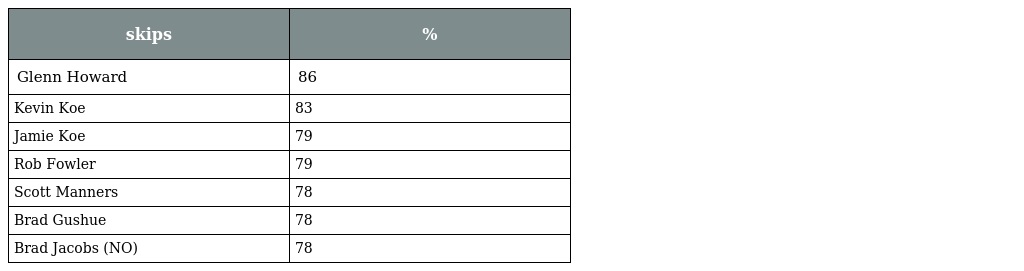
| skips | % |
 | --- | --- |
 | Glenn Howard | 86 |
 | Kevin Koe | 83 |
 | Jamie Koe | 79 |
 | Rob Fowler | 79 |
 | Scott Manners | 78 |
 | Brad Gushue | 78 |
 | Brad Jacobs (NO) | 78 |